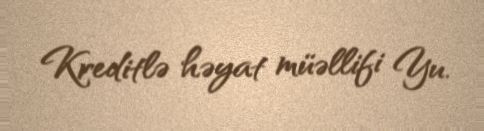
Kreditlə həyat müəllifi Yu.